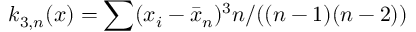
k _ { 3 , n } ( x ) = \sum ( x _ { i } - { \bar { x } } _ { n } ) ^ { 3 } n / ( ( n - 1 ) ( n - 2 ) )